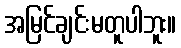
အမြင်ချင်းမတူပါဘူး။